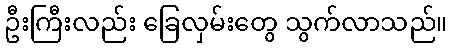
ဦးကြီးလည်း ခြေလှမ်းတွေ သွက်လာသည်။